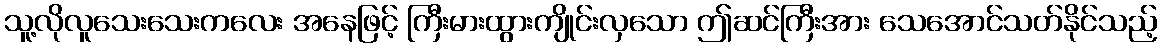
သူ့လိုလူသေးသေးကလေး အနေဖြင့် ကြီးမားထွားကျိုင်းလှသော ဤဆင်ကြီးအား သေအောင်သတ်နိုင်သည့်